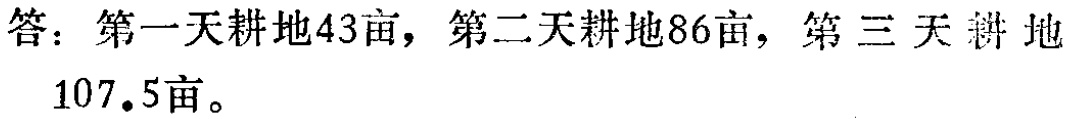
答：第一天耕地43亩，第二天耕地86亩，第三天耕地107.5亩。